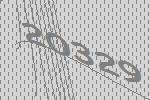
20329